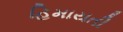
હિમાયતી